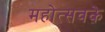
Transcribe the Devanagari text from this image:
महोत्सवके